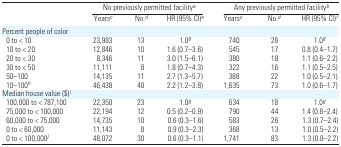
<table><thead><tr><td></td><td colspan="3"><b>No previously permitted facilitya</b></td><td colspan="3"><b>Any previously permitted facilityb</b></td></tr><tr><td></td><td><b>Yearsc</b></td><td><b>No.d</b></td><td><b>HR (95% CI)e</b></td><td><b>Yearsc</b></td><td><b>No.d</b></td><td><b>HR (95% CI)f</b></td></tr></thead><tbody><tr><td colspan="7">Percent people of color</td></tr><tr><td> 0 to &lt; 10</td><td>23,983</td><td>13</td><td>1.0g</td><td>740</td><td>28</td><td>1.0g</td></tr><tr><td> 10 to &lt; 20</td><td>12,846</td><td>10</td><td>1.6 (0.7–3.6)</td><td>545</td><td>17</td><td>0.8 (0.4–1.7)</td></tr><tr><td> 20 to &lt; 30</td><td>8,346</td><td>11</td><td>3.0 (1.5–6.1)</td><td>380</td><td>18</td><td>1.1 (0.6–2.2)</td></tr><tr><td> 30 to &lt; 50</td><td>11,111</td><td>8</td><td>1.8 (0.7–4.3)</td><td>322</td><td>16</td><td>1.1 (0.5–2.5)</td></tr><tr><td> 50–100</td><td>14,135</td><td>11</td><td>2.7 (1.3–5.7)</td><td>388</td><td>22</td><td>1.0 (0.5–2.1)</td></tr><tr><td>10–100h</td><td>46,438</td><td>40</td><td>2.2 (1.2–3.8)</td><td>1,635</td><td>73</td><td>1.0 (0.6–1.7)</td></tr><tr><td colspan="7">Median house value ($)i</td></tr><tr><td> 100,000 to &lt; 787,100</td><td>22,350</td><td>23</td><td>1.0g</td><td>634</td><td>18</td><td>1.0g</td></tr><tr><td> 75,000 to &lt; 100,000</td><td>22,194</td><td>12</td><td>0.5 (0.2–0.9)</td><td>790</td><td>44</td><td>1.4 (0.8–2.4)</td></tr><tr><td> 60,000 to &lt; 75,000</td><td>14,735</td><td>10</td><td>0.6 (0.3–1.6)</td><td>583</td><td>26</td><td>1.3 (0.7–2.4)</td></tr><tr><td> 0 to &lt; 60,000</td><td>11,143</td><td>8</td><td>0.9 (0.3–2.3)</td><td>368</td><td>13</td><td>1.0 (0.5–2.2)</td></tr><tr><td> 0 to &lt; 100,000j</td><td>48,072</td><td>30</td><td>0.6 (0.3–1.1)</td><td>1,741</td><td>83</td><td>1.3 (0.8–2.2)</td></tr></tbody></table>